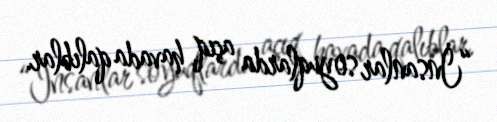
“İnsanlar soyuqlarda açıq havada qalıblar.